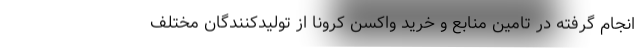
انجام گرفته در تامین منابع و خرید واکسن کرونا از تولیدکنندگان مختلف